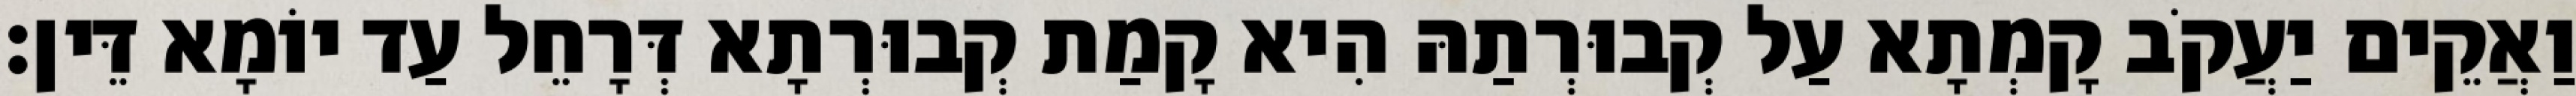
וַאֲקֵים יַעֲקֹב קָמְתָא עַל קְבוּרְתַהּ הִיא קָמַת קְבוּרְתָא דְּרָחֵל עַד יוֹמָא דֵּין׃